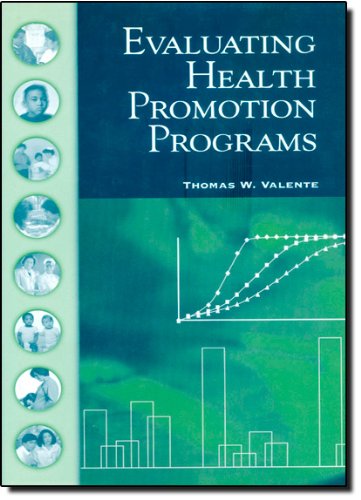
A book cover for Evaluating Health Promotion Programs; Thomas W. Valente; Medical Books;